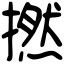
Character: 撚